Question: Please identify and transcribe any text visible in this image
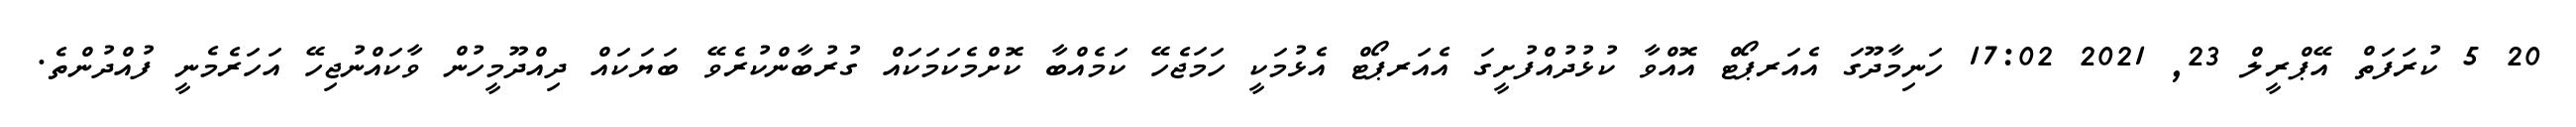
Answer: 20 5 ކުރަފަތް އޭޕްރީލް 23, 2021 17:02 ހަނިމާދޫގަ އެއަރޕޯޓް އޮއްވާ ކުޅުދުއްފުށީގަ އެއަރޕޯޓް އެޅުމަކީ ހަމަޖެހޭ ކަމެއްބާ ކޮށްމެކަމަކައް ގުރުބާންކުރެވޭ ބަޔަކައް ދިއްދޫމީހުން ވާކައްނުޖިހޭ އަހަރެމެނީ ފުއްދުންތެ.